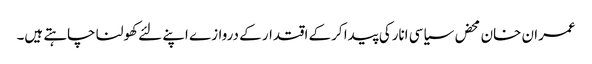
عمران خان محض سیاسی انارکی پیدا کرکے اقتدار کے دروازے اپنے لئے کھولنا چاہتے ہیں۔